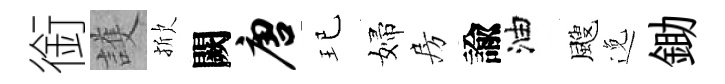
銜護掀闕唐玘婦房諭油颼𨓜鋤